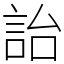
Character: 詒